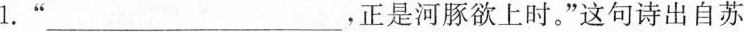
1.”___，正是河豚欲上时，”这句诗出自苏